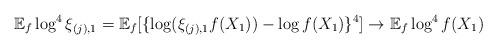
LaTeX: \begin{align*}\mathbb{E}_f \log^4 \xi_{(j),1} = \mathbb{E}_f[ \{ \log (\xi_{(j),1} f(X_1)) - \log f(X_1) \}^4] \rightarrow \mathbb{E}_f \log^4 f(X_1)\end{align*}